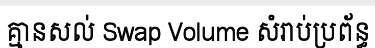
គ្មានសល់ Swap Volume សំរាប់ប្រព័ន្ធ